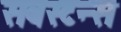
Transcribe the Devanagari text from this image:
सबस्टन्स